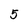
Character: 5